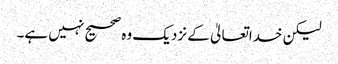
لیکن خداتعالیٰ کے نزدیک وہ صحیح نہیں ہے۔